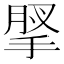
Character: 𢮗